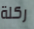
ركلة